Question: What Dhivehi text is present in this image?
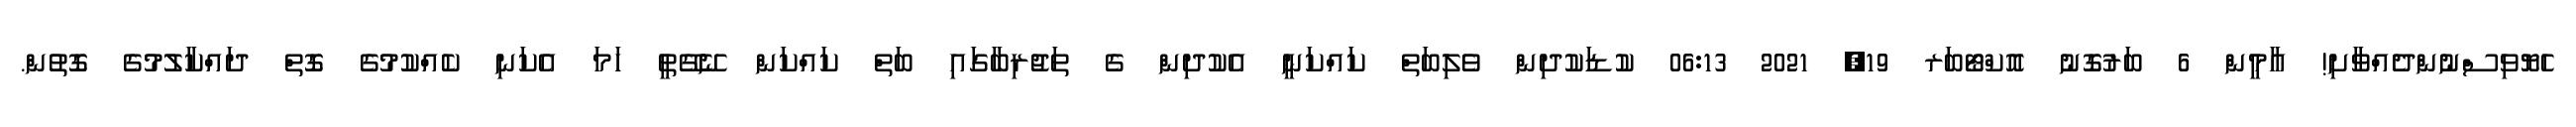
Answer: ހެޔޮވިސްނުންދެއްވާށި! އާމީން 6 ބަރުގޮނު އޮކްޓޯބަރ 19, 2021 06:13 ކުޑަކުދިން ވެލިބަތް ކައްކަނީ އެކުދިން ގެ ތަޖުރިބާގައި ބަތް ކައްކަން ނޭގޭތީ ހަމަ އެކަނި ކެއްކުމުގެ ގޮތް ދައްކާލުމުގެ ގޮތުން.